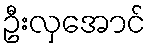
ဦးလှအောင်